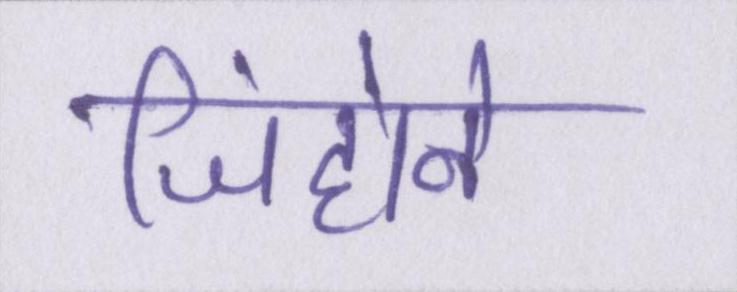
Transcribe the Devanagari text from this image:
जिंहोने